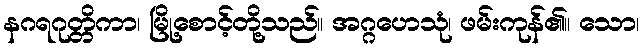
နဂရဂုတ္တိကာ၊ မြို့စောင့်တို့သည်။ အဂ္ဂဟေသုံ၊ ဖမ်းကုန်၏။ သော၊